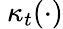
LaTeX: \ \kappa_{t}(\cdot)